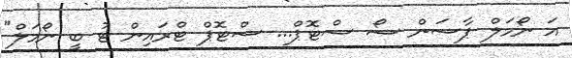
އަ ނޯމަލް ޕާސަން ސޯ ސްޓޮޕް... ސްޓޮޕް ޓްރައިން ޓު ބީ ނޯމަލް"